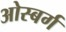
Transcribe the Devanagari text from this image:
ओस्बर्ग